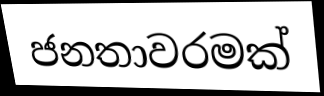
ජනතාවරමක්